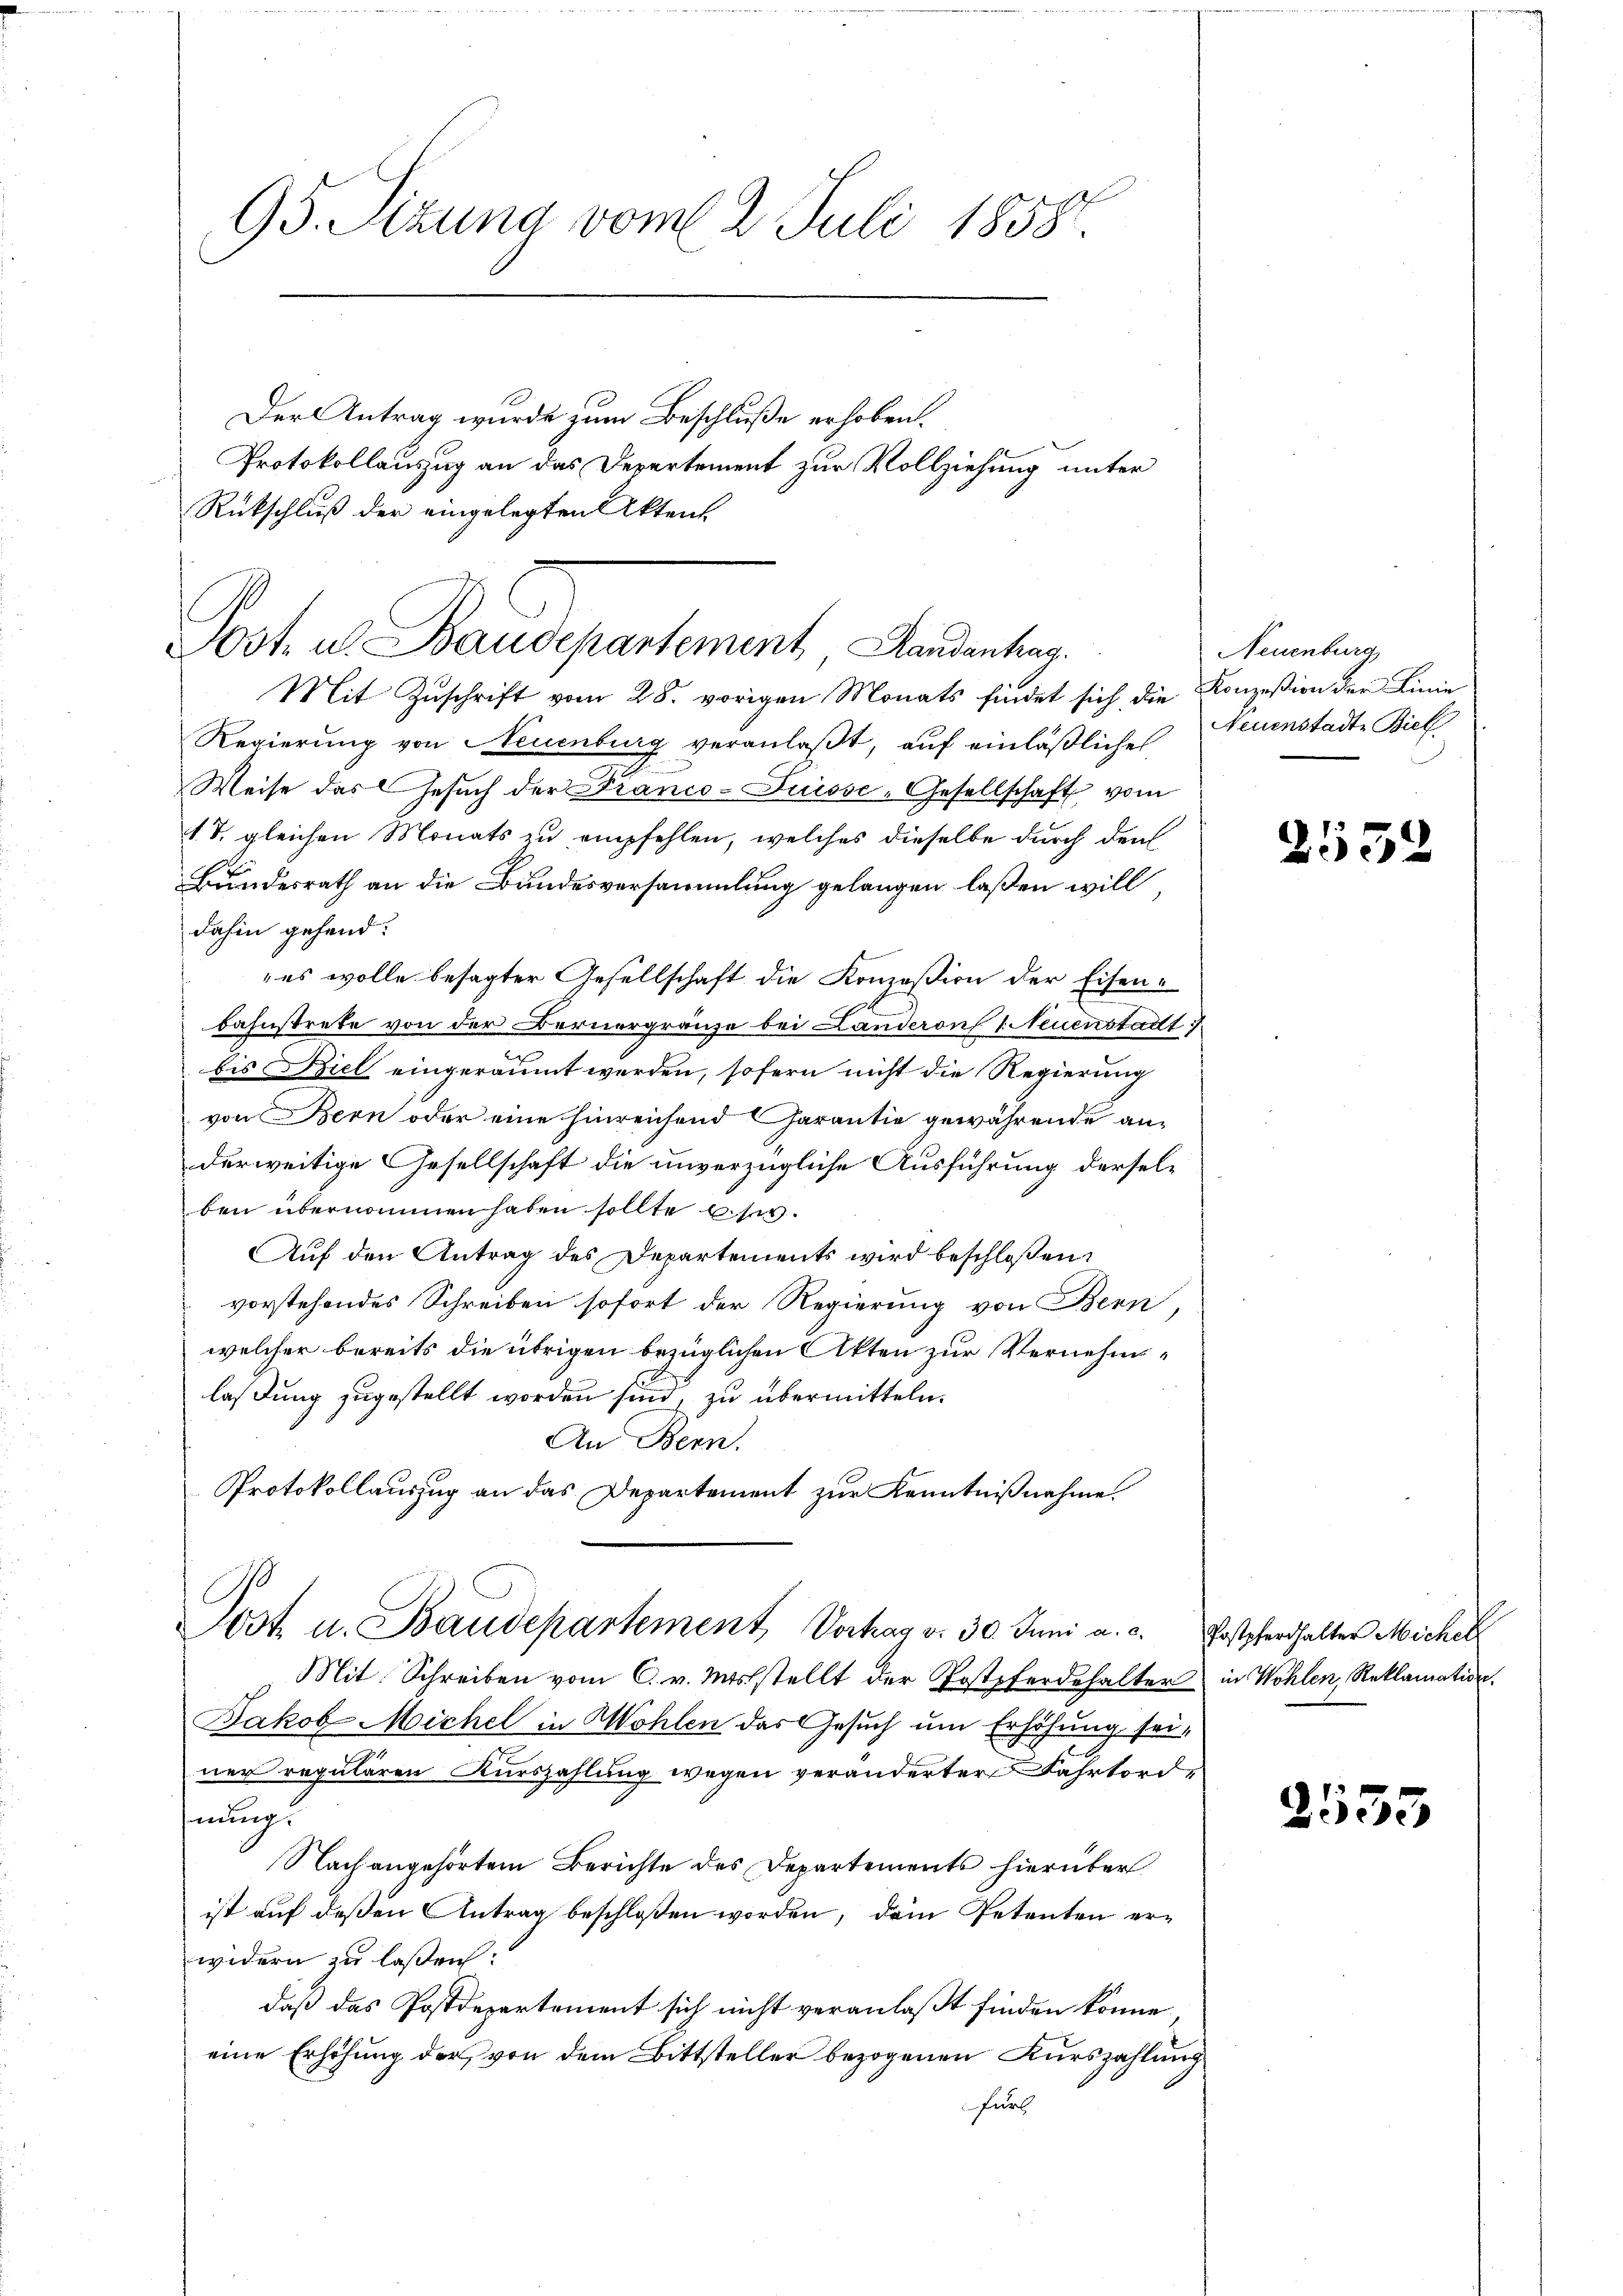
95. Sitzung vom 2. Juli 1858.

Rückschluß der eingelegten Aktent

Post u. Baudepartement, Landenten.

Der Antrag wurde zum Beschluße erhoben.
Protokollauszug an das Departement zur Vollziehung unter

Mit Zuschrift vom 28. vorigen Monats findet sich die Konzesion der Linie
Regierung von Neuenburg veranlaßt, auf einläßliches Neuenstadte Biel
Weise das Gesuch der Franco- Puisse-Gesellschaft vom
1. T. gleichen Monats zu empfehlen, welches dieselbe durch den
Bundesrath an die Bundesversammlung gelangen laßen will,
dahin gehend:
„es wolle besagter Gesellschaft die Konzeßion der Eisen-
bahnstrete von der Bernergränze bei Landeren 1. Neuenstadt
bis Biel eingeräumt werden, sofern nicht die Regierung
von Bern oder eine hinreichend Garantie gewährende anderweitige Gesellschaft die unverzügliche Ausführung derselben übernommen haben sollte s
Auf den Antrag des Departements wird beschloßen:
vorstehendes Schreiben sofort der Regierung von Bern,
welcher bereits die übrigen bezüglichen Akten zur Vernehmlaßung zugestellt worden sind, zu übermitteln.
An Bern.
Protokollauszug an das Departement zur Kenntnißnahme.
Jost u. Baudepartement Vortrag v. 30. Juni a. c. Postpferhalter Michel
Mit Schreiben vom C. v. Mtsstellt der Postpferdehalter in Wohlen, Reklamation.
Jakob Michel in Wohlen das Gesuch um Erhöhung sei,
ner regulären Kurszahlung wegen veränderter Fahrtordhnung.
Nachangehörten Berichte des Departements hierüber
ist auf deßen Antrag beschloßen worden, dem Petenten erwidern zu lassen:
daß das Postdepartement sich nicht veranlaßt finden könne
eine Erhöhung der von dem Bittsteller bezogenen Kurszahlung
Furs

Neuenburg

2552

2555